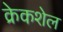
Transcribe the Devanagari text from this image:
क्रेकशेल